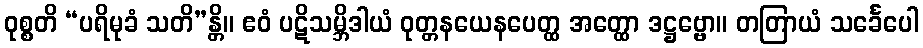
ဝုစ္စတိ “ပရိမုခံ သတိ”န္တိ။ ဧဝံ ပဋိသမ္ဘိဒါယံ ဝုတ္တနယေနပေတ္ထ အတ္ထော ဒဋ္ဌဗ္ဗော။ တတြာယံ သင်္ခေပေါ